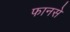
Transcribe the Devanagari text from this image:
फानसे